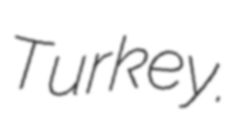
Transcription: Turkey.